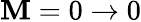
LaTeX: \mathbf{M}=0\rightarrow0